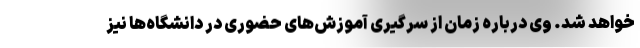
خواهد شد. وی درباره زمان از سرگیری آموزش‌های حضوری در دانشگاه‌ها نیز